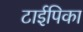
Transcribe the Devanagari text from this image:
टाईपिका